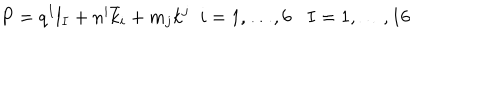
P = q ^ { I } l _ { I } + n ^ { i } { \bar { k } } _ { i } + m _ { j } k ^ { j } \; \; i = 1 , \dots , 6 I = 1 , \dots , 1 6